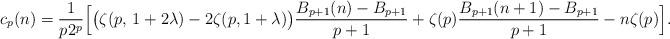
LaTeX: \begin{align*}c_p(n) = \frac{1}{p2^p} \Bigl[\bigl(\zeta(p,\,1+2\lambda)-2\zeta(p, 1+\lambda)\bigr)\frac{B_{p+1}(n)-B_{p+1}}{p+1}+\zeta(p)\frac{B_{p+1}(n+1)-B_{p+1}}{p+1}-n\zeta(p)\Bigr]. \end{align*}